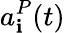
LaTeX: a_{\mathbf{i}}^{P}(t)